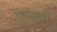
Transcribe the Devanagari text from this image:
पुलागी